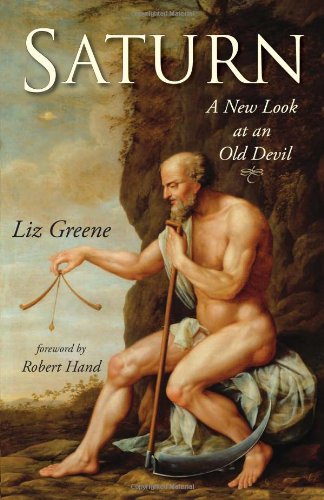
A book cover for Saturn: A New Look at an Old Devil; Liz Greene; Religion & Spirituality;